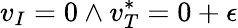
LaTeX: v_{I}=0\land v_{T}^{*}=0+\epsilon